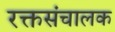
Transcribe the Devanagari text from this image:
रक्तसंचालक